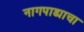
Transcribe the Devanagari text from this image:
नागपाड्याचा